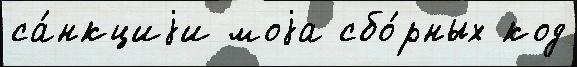
са́нкциjи моjа сбо́рных код